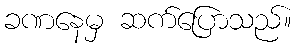
ခဏနေမှ ဆက်ပြောသည်။